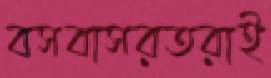
বসবাসরতরাই